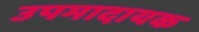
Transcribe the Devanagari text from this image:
उपमादायक